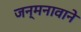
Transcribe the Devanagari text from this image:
जन्मनावाने